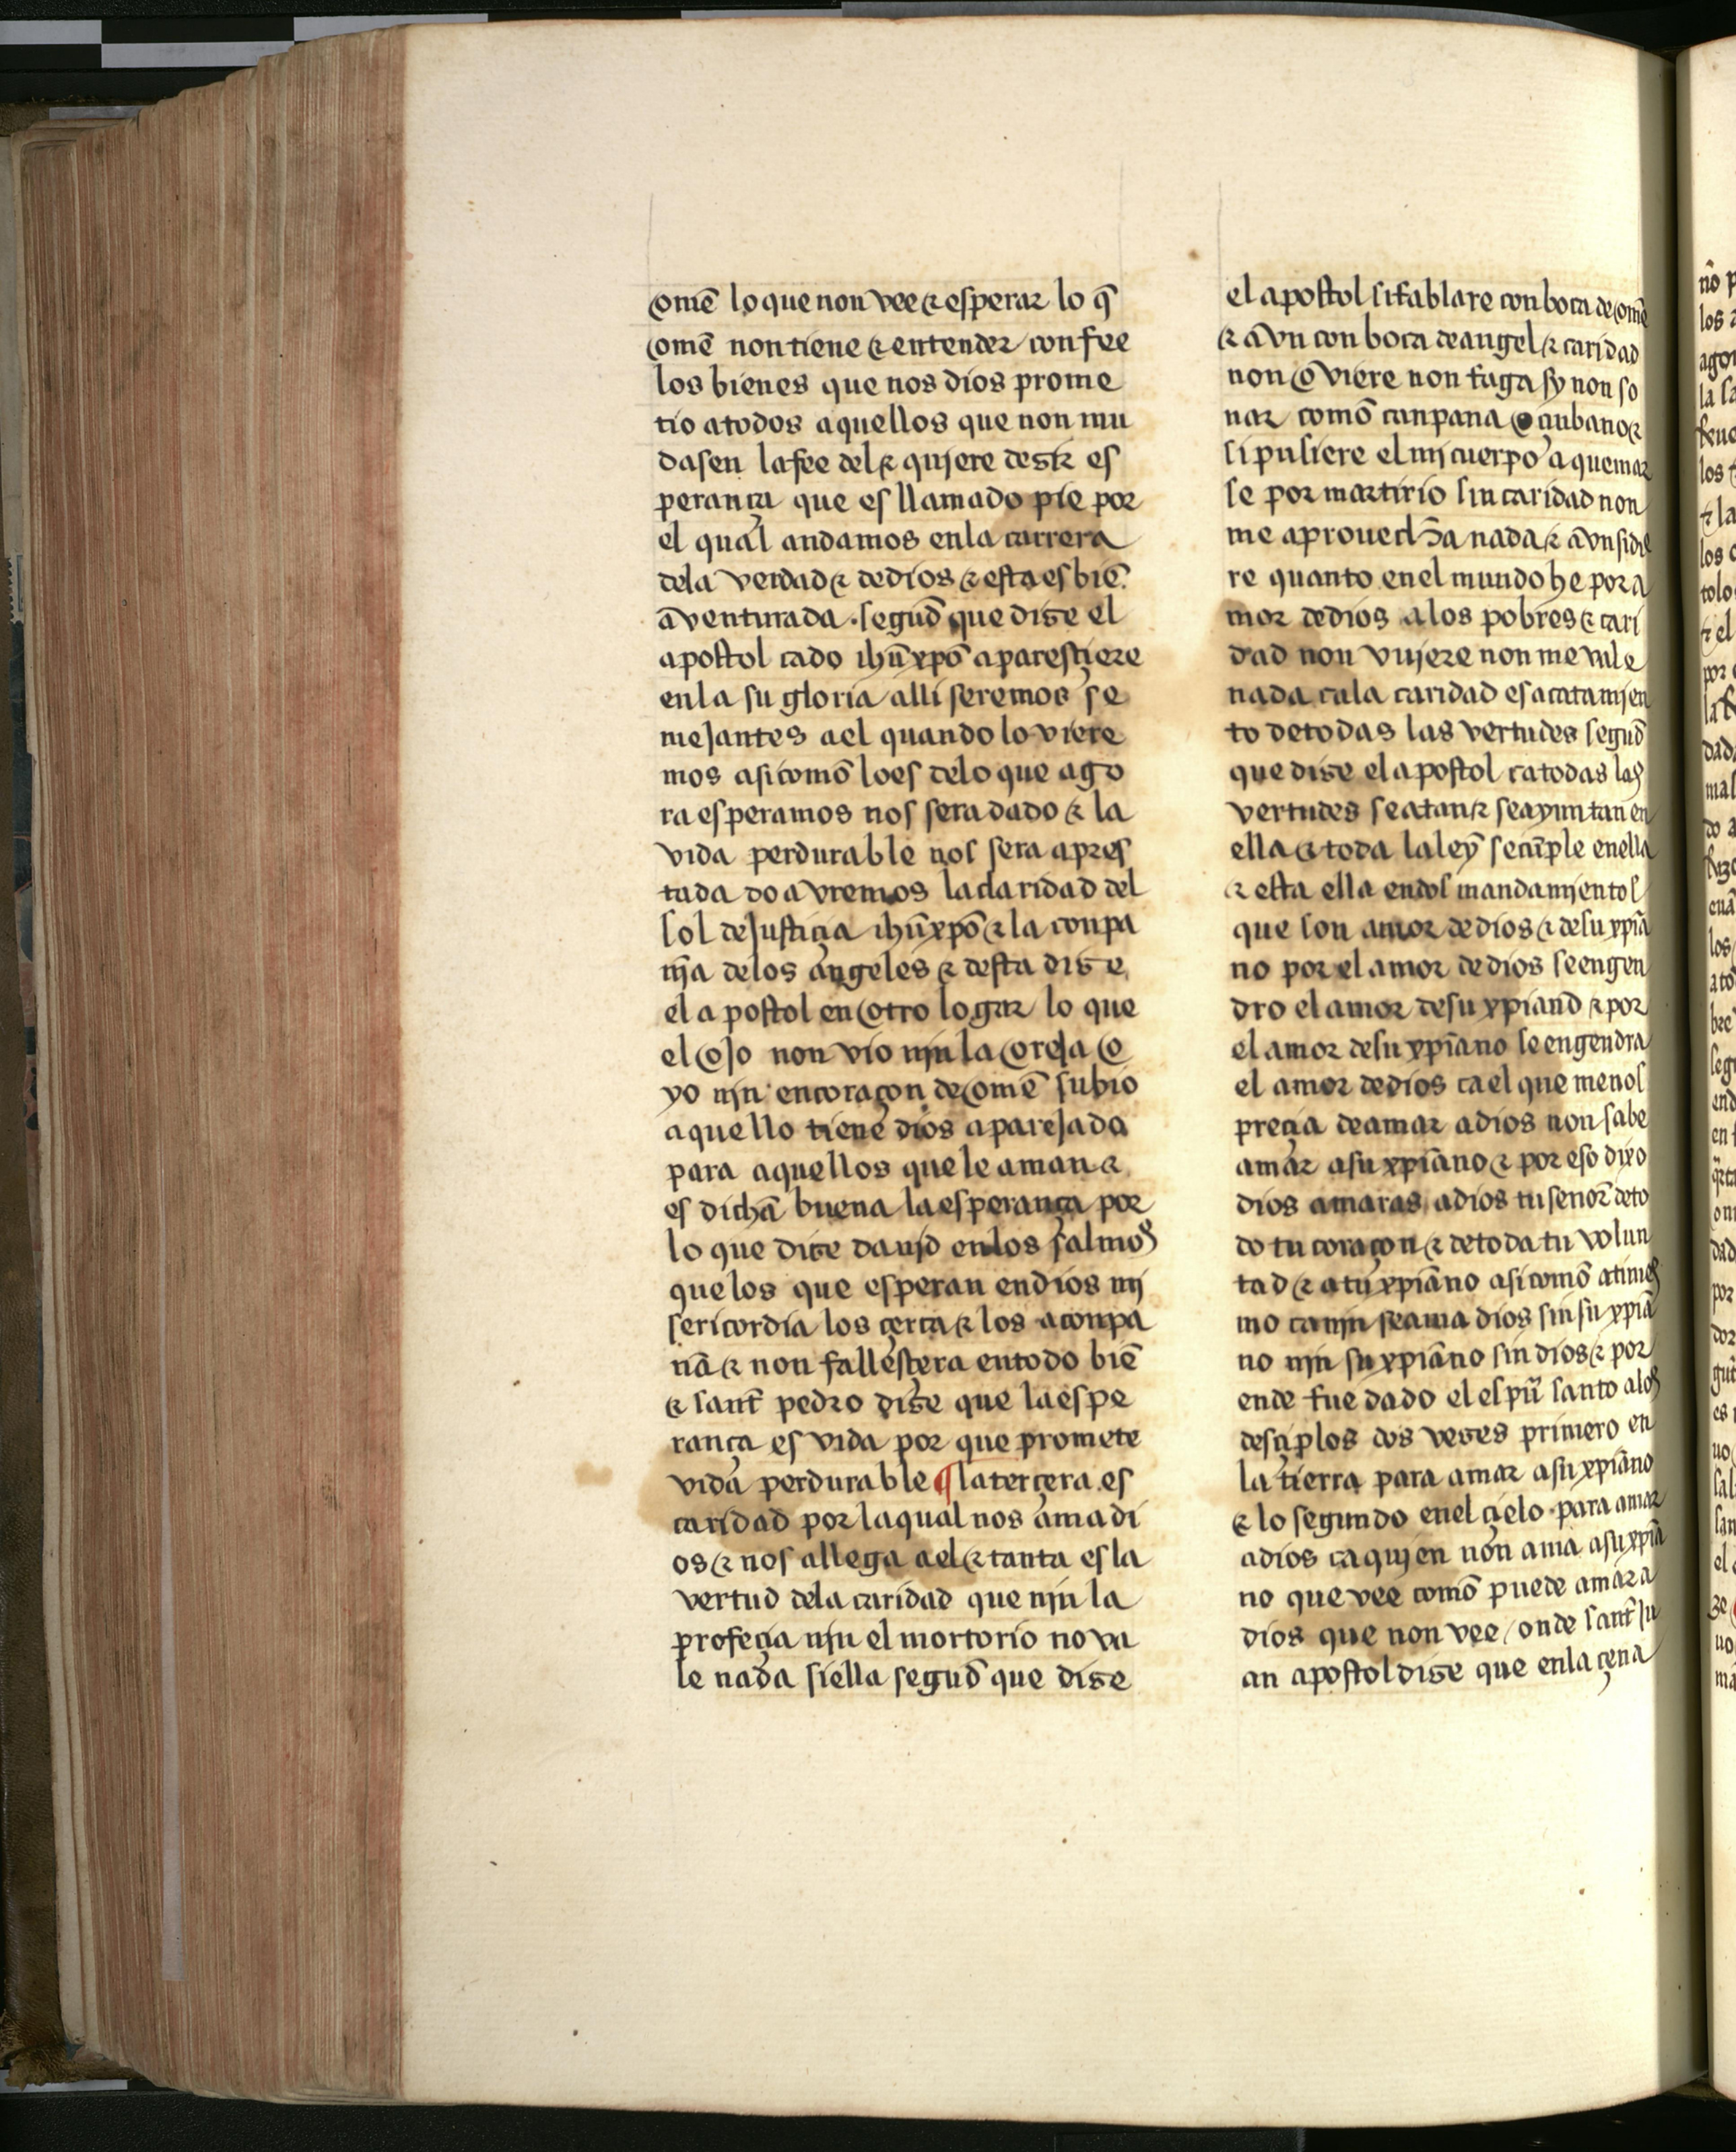
Shelfmark: Salamanca, Biblioteca Histórica USAL, 2709
Century: 15